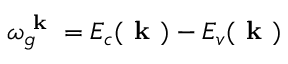
\omega _ { g } ^ { \textbf { k } } = E _ { c } ( \textbf { k } ) - E _ { v } ( \textbf { k } )